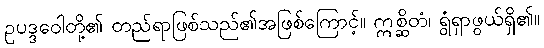
ဥပဒ္ဒဝေါတို့၏ တည်ရာဖြစ်သည်၏အဖြစ်ကြောင့်။ ဣစ္ဆိတံ၊ ရွံရှာဖွယ်ရှိ၏။